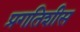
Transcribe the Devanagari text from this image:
प्रगतिशीस